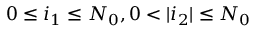
0 \leq i _ { 1 } \leq N _ { 0 } , 0 < | i _ { 2 } | \leq N _ { 0 }